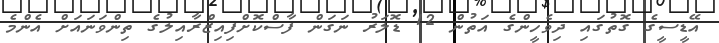
އޭޑީސީގެ ގޮތުގައި ދިވެހީންގެ އަތުން 12 ޑޮލަރު ނަގަން ފާސްކޮށްފިއިޒްރާއިލުގެ ތިންވަނައަށް އެންމެ